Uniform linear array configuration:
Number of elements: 24
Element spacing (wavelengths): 1
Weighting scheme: blackman
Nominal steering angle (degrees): -60
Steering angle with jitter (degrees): -59.401
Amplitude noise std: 0.05
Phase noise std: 0.05

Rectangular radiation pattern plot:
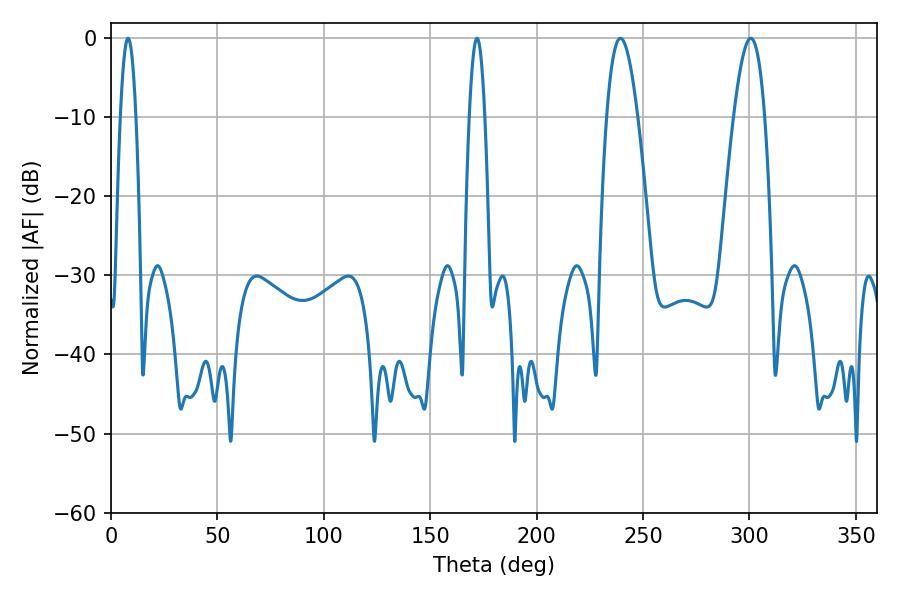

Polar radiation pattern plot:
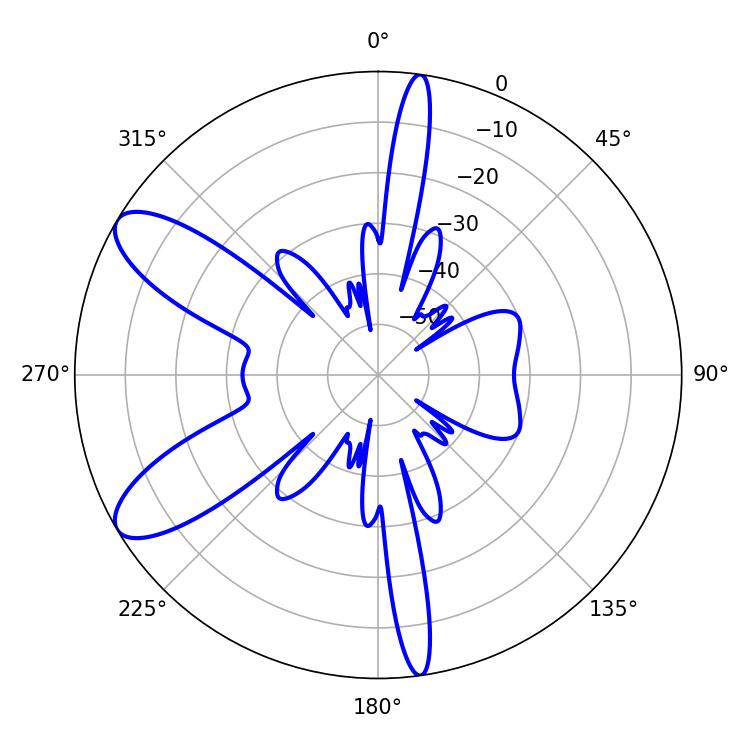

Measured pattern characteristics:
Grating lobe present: TRUE
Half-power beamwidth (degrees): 7.92
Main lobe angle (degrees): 239.4